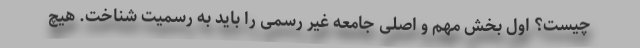
چیست؟ اول بخش مهم و اصلی جامعه غیر رسمی را باید به رسمیت شناخت. هیچ